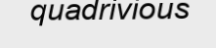
quadrivious